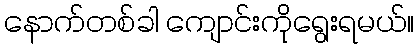
နောက်တစ်ခါ ကျောင်းကိုရွေးရမယ်။